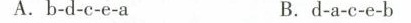
A.b-d-c-e-a B.d-a-c-e-b